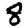
Digit: 8